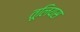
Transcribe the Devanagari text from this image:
तूलियस